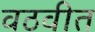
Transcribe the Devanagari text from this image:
वठवीत